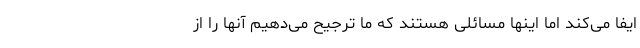
ایفا می‌کند اما اینها مسائلی هستند که ما ترجیح می‌دهیم آنها را از